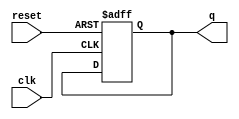
module JohnsonCounter #(
    parameter N = 2 // Parameter to define the number of flip-flops
) (
    input wire clk,      // Clock input
    input wire reset,    // Reset input
    output reg [N-1:0] q // Output state
);

    // Always block triggered on the rising edge of the clock or when reset is asserted
    always @(posedge clk or posedge reset) begin
        if (reset) begin
            // Reset the counter to all zeros
            q <= {N{1'b0}}; // Set all bits to 0
        end else begin
            // Johnson counter state transition
            q <= {~q[N-1], q[N-1:N-2]}; // Shift and complement the last bit
        end
    end

endmodule